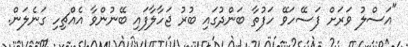
"އަސްލު ވަރަށް ފަސޭހަވޭ ހަފުތާ ބަންދުގައި ބުރު ޖަހާލާފައި ބޭނުންވާ އެއްޗިހި ގަނެލަން.